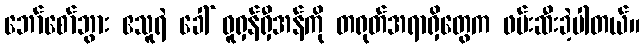
ဘော်စော်ဘွား ဧသူရဲ ခေါ် ဝူရှန်ရှီအန်ကို တရုတ်အရာရှိတွေက ဖမ်းဆီးခဲ့ပါတယ်။